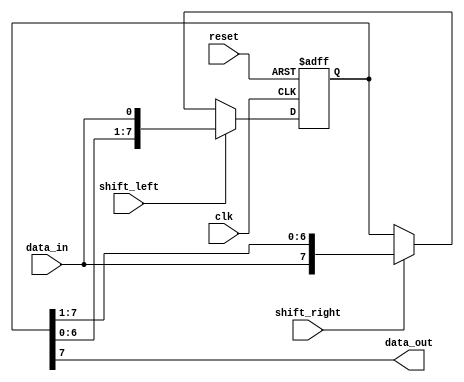
module siso_shift_register(
    input wire clk,
    input wire reset,
    input wire shift_left,
    input wire shift_right,
    input wire data_in,
    output reg data_out
);

reg [7:0] siso_reg;

always @ (posedge clk or posedge reset)
begin
    if (reset)
        siso_reg <= 8'b0;
    else begin
        if (shift_left)
            siso_reg <= {siso_reg[6:0], data_in};
        else if (shift_right)
            siso_reg <= {data_in, siso_reg[7:1]};
    end
end

always @*
begin
    data_out = siso_reg[7];
end

endmodule